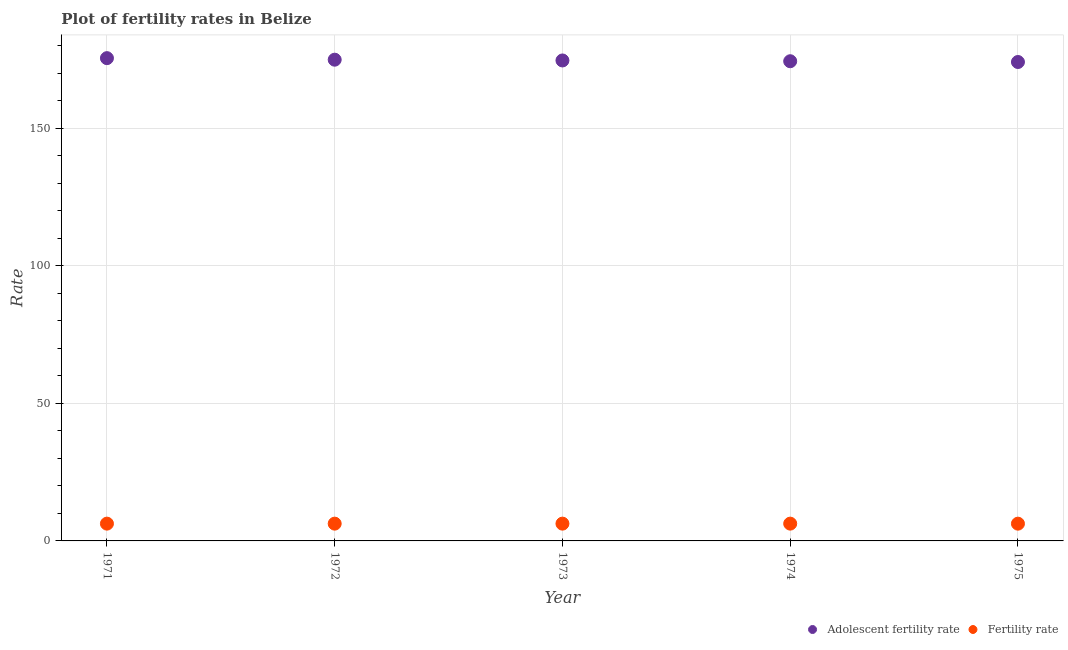
| Year | Adolescent fertility rate | Fertility rate |
 | --- | --- | --- |
 | 1971 | 176 | 6.29 |
 | 1972 | 175 | 6.28 |
 | 1973 | 175 | 6.29 |
 | 1974 | 174 | 6.29 |
 | 1975 | 174 | 6.28 |